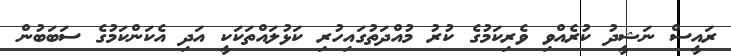
ރައީސް ނަޝީދު ކުރެއްވި ވެރިކަމުގެ ކުރު މުއްދަތުގައިހުރި ކަޅުލައްތަކަކީ އަދި އެކަންކަމުގެ ސަބަބުން